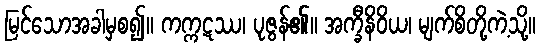
မြင်သောအခါမှစ၍။ ကက္ကဋဿ၊ ပုဇွန်၏။ အက္ခီနိဝိယ၊ မျက်စိတို့ကဲ့သို့။